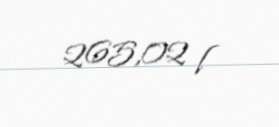
265,02 l